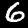
Label: 6